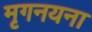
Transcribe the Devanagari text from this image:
मृगनयना